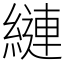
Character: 縺